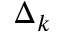
\Delta _ { k }